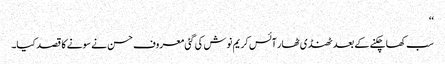
‘‘
سب کھا چکنے کے بعد ٹھنڈی ٹھار آئس کریم نوش کی گئی معروف حسن نے سونے کا قصد کیا۔